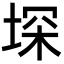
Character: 堔